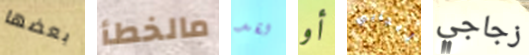
بعضها مالخطأ لقد أو ايجابي زجاجي